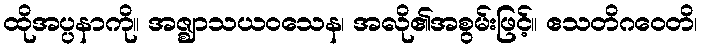
ထိုအပ္ပနာကို။ အဇ္ဈာသယဝသေန၊ အလို၏အစွမ်းဖြင့်။ ဧသတိဂဝေတိ၊